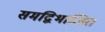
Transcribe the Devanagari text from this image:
समद्विभाजित